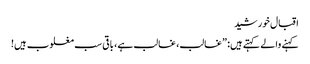
اقبال خورشید
کہنے والے کہتے ہیں: ”غالب، غالب ہے، باقی سب مغلوب ہیں!